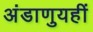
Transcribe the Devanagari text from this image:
अंडाणुयहीं